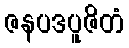
ဇနပဒပူဇိတံ